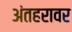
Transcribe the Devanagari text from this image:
अंतहरावर